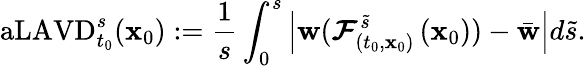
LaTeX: \mathrm{aLAVD}_{t_{0}}^{s}(\mathbf{x}_{0}):=\frac{1}{s}\int_{0}^{s}\left|\mathbf{w}(\boldsymbol{\mathcal{F}}_{(t_{0},\mathbf{x}_{0})}^{\tilde{s}}\left(\mathbf{x}_{0}\right))-\bar{\mathbf{w}}\right|d\tilde{s}.